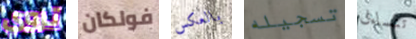
تروي فولكان بالعكس تسجيله تتساءل